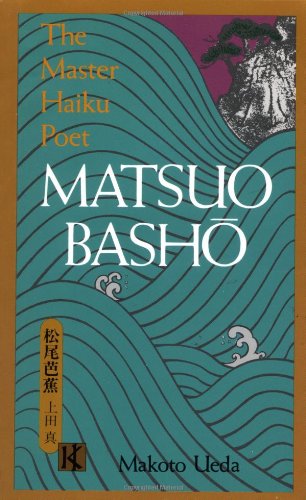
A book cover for Matsuo Basho; Makoto Ueda; Literature & Fiction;